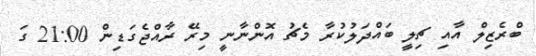
ބްރެޒިލް އާއި ޗިލީ ބައްދަލުކުރާ މެޗު އޮންނާނީ މިރޭ ރާއްޖެގަޑިން 21:00 ގަ